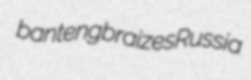
banteng braizes Russia